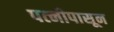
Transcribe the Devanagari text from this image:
पत्‍नीपासून